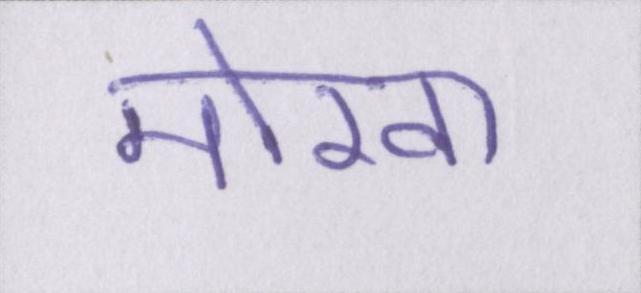
मोखा